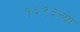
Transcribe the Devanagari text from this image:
१६९३च्या